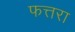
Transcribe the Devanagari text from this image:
फत्तरा